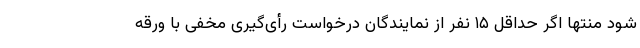
شود منتها اگر حداقل ۱۵ نفر از نمایندگان درخواست رأی‌گیری مخفی با ورقه